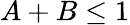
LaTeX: A+B\le 1